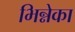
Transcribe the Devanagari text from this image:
भिन्नेका